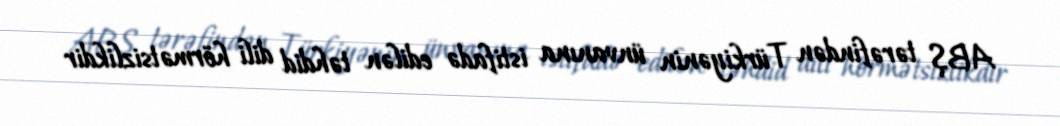
ABŞ tərəfindən Türkiyənin ünvanına istifadə edilən təhdid dili hörmətsizlikdir